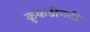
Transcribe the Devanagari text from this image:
कुकडीनदी